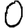
Digit: 0